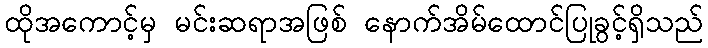
ထိုအကောင့်မှ မင်းဆရာအဖြစ် နောက်အိမ်ထောင်ပြုခွင့်ရှိသည်